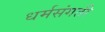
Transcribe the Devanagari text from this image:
धर्मसंगती